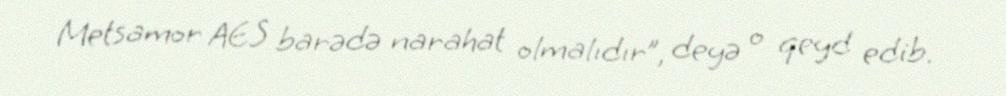
Metsamor AES barədə narahat olmalıdır”, deyə o qeyd edib.